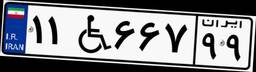
۱۱W۶۶۷۹۹